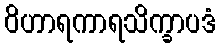
ဝိဟာရကာရသိက္ခာပဒံ